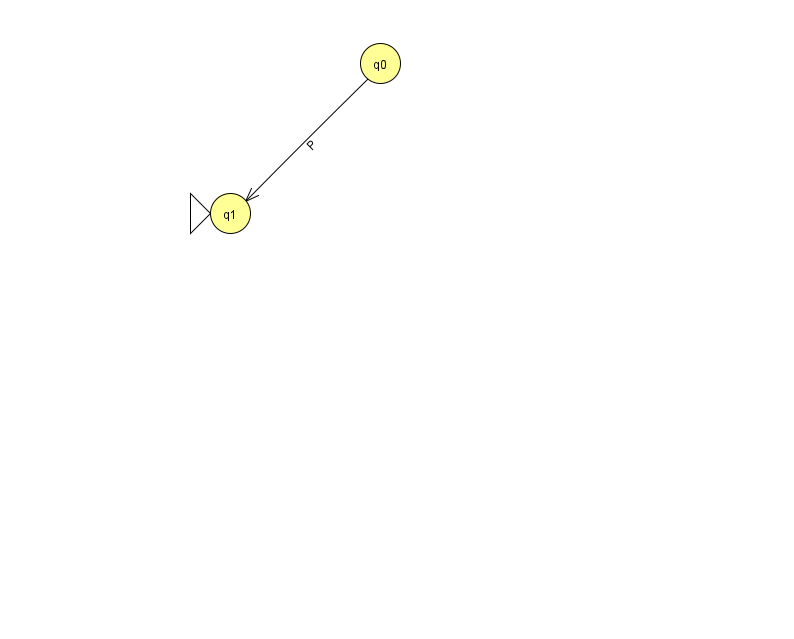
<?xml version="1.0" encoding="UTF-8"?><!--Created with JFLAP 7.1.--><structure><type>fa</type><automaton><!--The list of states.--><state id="0" name="q0"><x>380.0</x><y>50.0</y></state><state id="1" name="q1"><x>230.0</x><y>200.0</y><initial/></state><!--The list of transitions.--><transition><from>0</from><to>1</to><read>P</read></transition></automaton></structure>